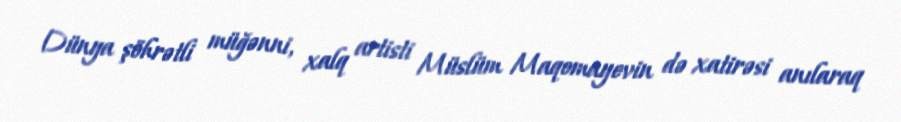
Dünya şöhrətli müğənni, xalq artisti Müslüm Maqomayevin də xatirəsi anılaraq